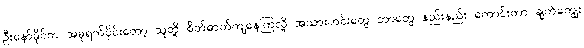
ဦးနော်မိုင်က အခုရက်ပိုင်းတော့ သူတို့ စိတ်ဓာတ်ကျနေကြလို့ အသားဟင်းတွေ ဘာတွေ နည်းနည်း ကောင်းတာ ချက်ကျွေး